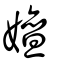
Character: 嬗